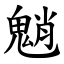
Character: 魈